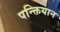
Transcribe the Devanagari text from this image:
पन्क्तियान